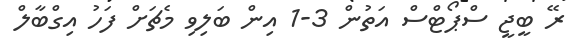
ރޭ ބީޖީ ސްޕޯޓްސް އަތުން 3-1 އިން ބަލިވި މެޗަށް ފަހު އިގްބާލް